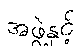
အဖွဲ့နှင့်